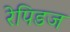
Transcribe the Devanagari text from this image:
रेपिडज